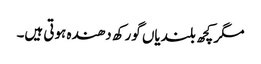
مگر کچھ بلندیاں گورکھ دھندہ ہوتی ہیں۔